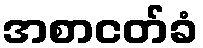
အစာငတ်ခံ